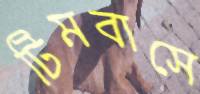
টিমবাসে